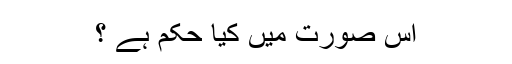
اس صورت میں کیا حکم ہے ؟